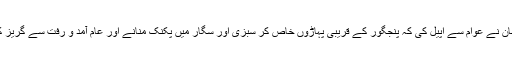
ترجمان نے عوام سے اپیل کی کہ پنجگور کے قریبی پہاڑوں خاص کر سبزی اور سگار میں پکنک منانے اور عام آمد و رفت سے گریز کریں۔